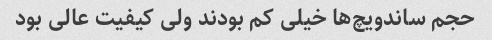
حجم ساندویچ‌ها خیلی کم بودند ولی کیفیت عالی بود